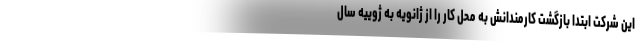
این شرکت ابتدا بازگشت کارمندانش به محل کار را از ژانویه به ژوییه سال